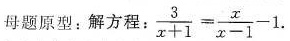
母题原型：解方程： $$\frac { 3 } { x + 1 } = \frac { x } { x - 1 } - 1$$ .